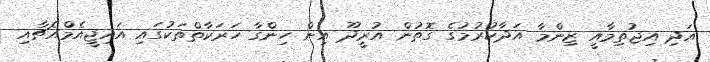
އަދި އިޖުތިމާއީ ޒިންމާ އަދާކުރުމުގެ ގޮތުން އުރީދޫ އިން ހިންގާ ހަރަކާތްތަކުގައި އައިޖީއެމްއެޗާއި